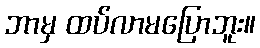
ဘာမှ ထပ်လာမပြောဘူး။